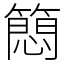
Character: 䉍